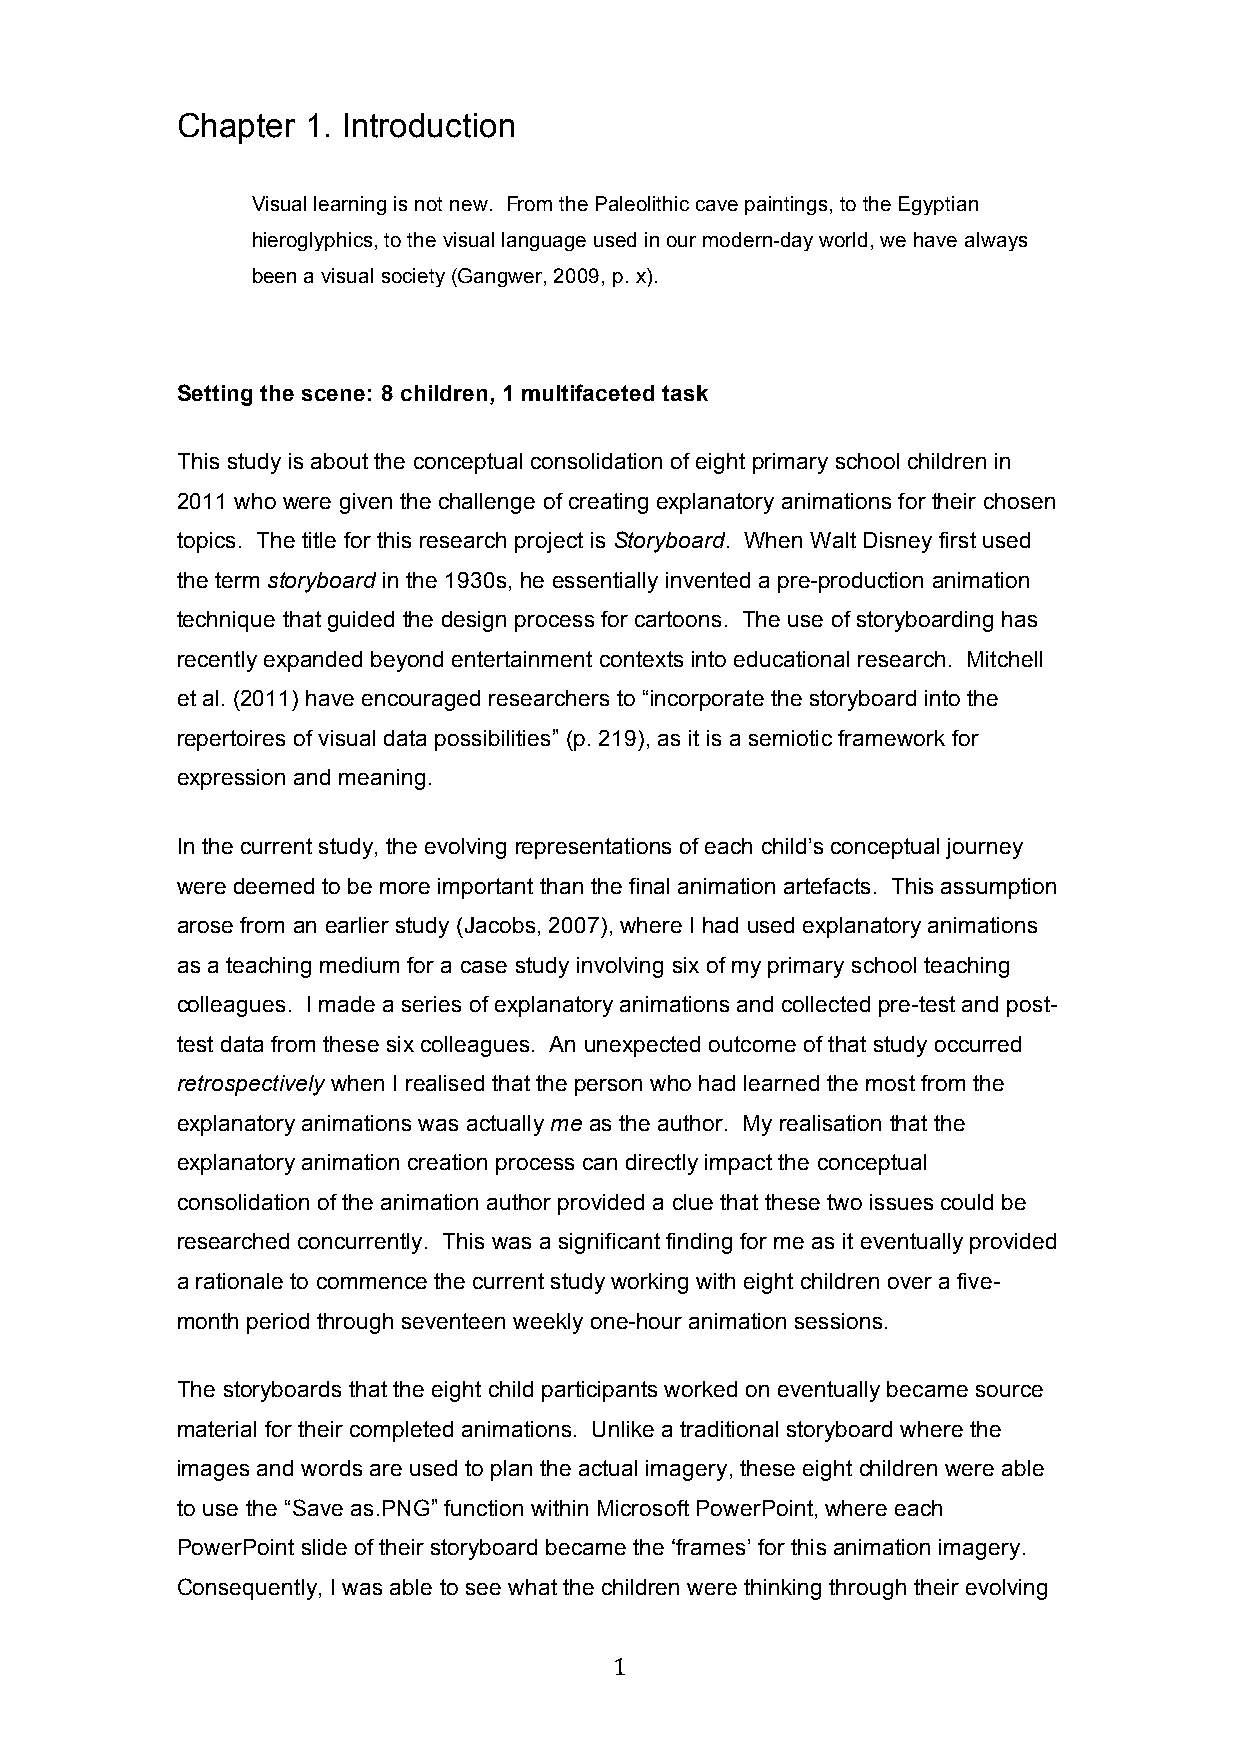
Chapter 1. Introduction
 Visual learning is not new. From the Paleolithic cave paintings, to the Egyptian
 hieroglyphics, to the visual language used in our modern-day world, we have always
 been a visual society (Gangwer, 2009, p. x).
 Setting the scene: 8 children, 1 multifaceted task
 This study is about the conceptual consolidation of eight primary school children in
 2011 who were given the challenge of creating explanatory animations for their chosen
 topics. The title for this research project is Storyboard. When Walt Disney first used
 the term storyboard in the 1930s, he essentially invented a pre-production animation
 technique that guided the design process for cartoons. The use of storyboarding has
 recently expanded beyond entertainment contexts into educational research. Mitchell
 et al. (2011) have encouraged researchers to “incorporate the storyboard into the
 repertoires of visual data possibilities” (p. 219), as it is a semiotic framework for
 expression and meaning.
 In the current study, the evolving representations of each child’s conceptual journey
 were deemed to be more important than the final animation artefacts. This assumption
 arose from an earlier study (Jacobs, 2007), where I had used explanatory animations
 as a teaching medium for a case study involving six of my primary school teaching
 colleagues. I made a series of explanatory animations and collected pre-test and post-
 test data from these six colleagues. An unexpected outcome of that study occurred
 retrospectively when I realised that the person who had learned the most from the
 explanatory animations was actually me as the author. My realisation that the
 explanatory animation creation process can directly impact the conceptual
 consolidation of the animation author provided a clue that these two issues could be
 researched concurrently. This was a significant finding for me as it eventually provided
 a rationale to commence the current study working with eight children over a five-
 month period through seventeen weekly one-hour animation sessions.
 The storyboards that the eight child participants worked on eventually became source
 material for their completed animations. Unlike a traditional storyboard where the
 images and words are used to plan the actual imagery, these eight children were able
 to use the “Save as.PNG” function within Microsoft PowerPoint, where each
 PowerPoint slide of their storyboard became the ‘frames’ for this animation imagery.
 Consequently, I was able to see what the children were thinking through their evolving
 1